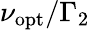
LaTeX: \nu_{\mathrm{opt}}/\Gamma_{2}